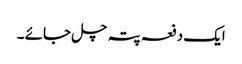
ایک دفعہ پتہ چل جائے ۔